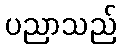
ပညာသည်